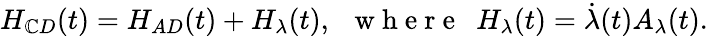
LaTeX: {H_{\mathbb{C}D}(t)}=H_{AD}(t)+H_{\lambda}(t),~~\mathrm{{~w~h~e~r~e~}}~~H_{\lambda}(t)=\dot{{\lambda}}(t)A_{\lambda}(t).